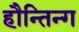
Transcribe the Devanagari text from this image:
हौन्तिन्ग